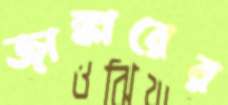
জাঙ্কারের